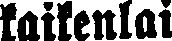
kaikenlai